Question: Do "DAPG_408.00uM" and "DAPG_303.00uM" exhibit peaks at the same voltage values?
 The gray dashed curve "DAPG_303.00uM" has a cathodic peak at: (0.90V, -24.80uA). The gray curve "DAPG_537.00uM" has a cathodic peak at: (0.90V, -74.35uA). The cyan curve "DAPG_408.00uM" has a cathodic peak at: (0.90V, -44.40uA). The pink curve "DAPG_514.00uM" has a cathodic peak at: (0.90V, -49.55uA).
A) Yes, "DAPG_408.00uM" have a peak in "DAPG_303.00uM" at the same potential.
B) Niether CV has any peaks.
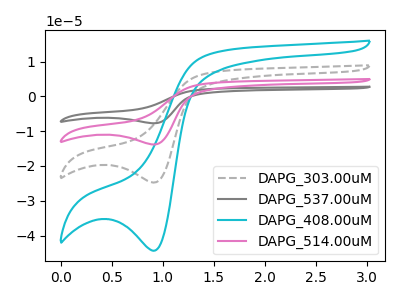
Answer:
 <answer>A) Yes, "DAPG_408.00uM" have a peak in "DAPG_303.00uM" at the same potential.</answer>
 <eval>A</eval>